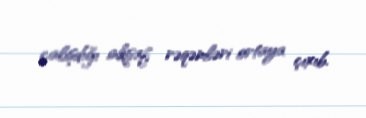
çalışdığı inkişaf rəqəmləri ortaya çıxıb.